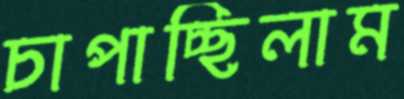
চাপাচ্ছিলাম